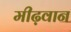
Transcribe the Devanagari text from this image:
मीढ़वान